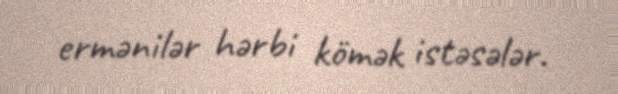
ermənilər hərbi kömək istəsələr.